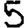
Digit: 5